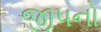
જીપનો